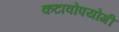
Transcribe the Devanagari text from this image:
कटावोपयोगी